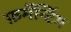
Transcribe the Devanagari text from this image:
फ़र्मेन्टिंग